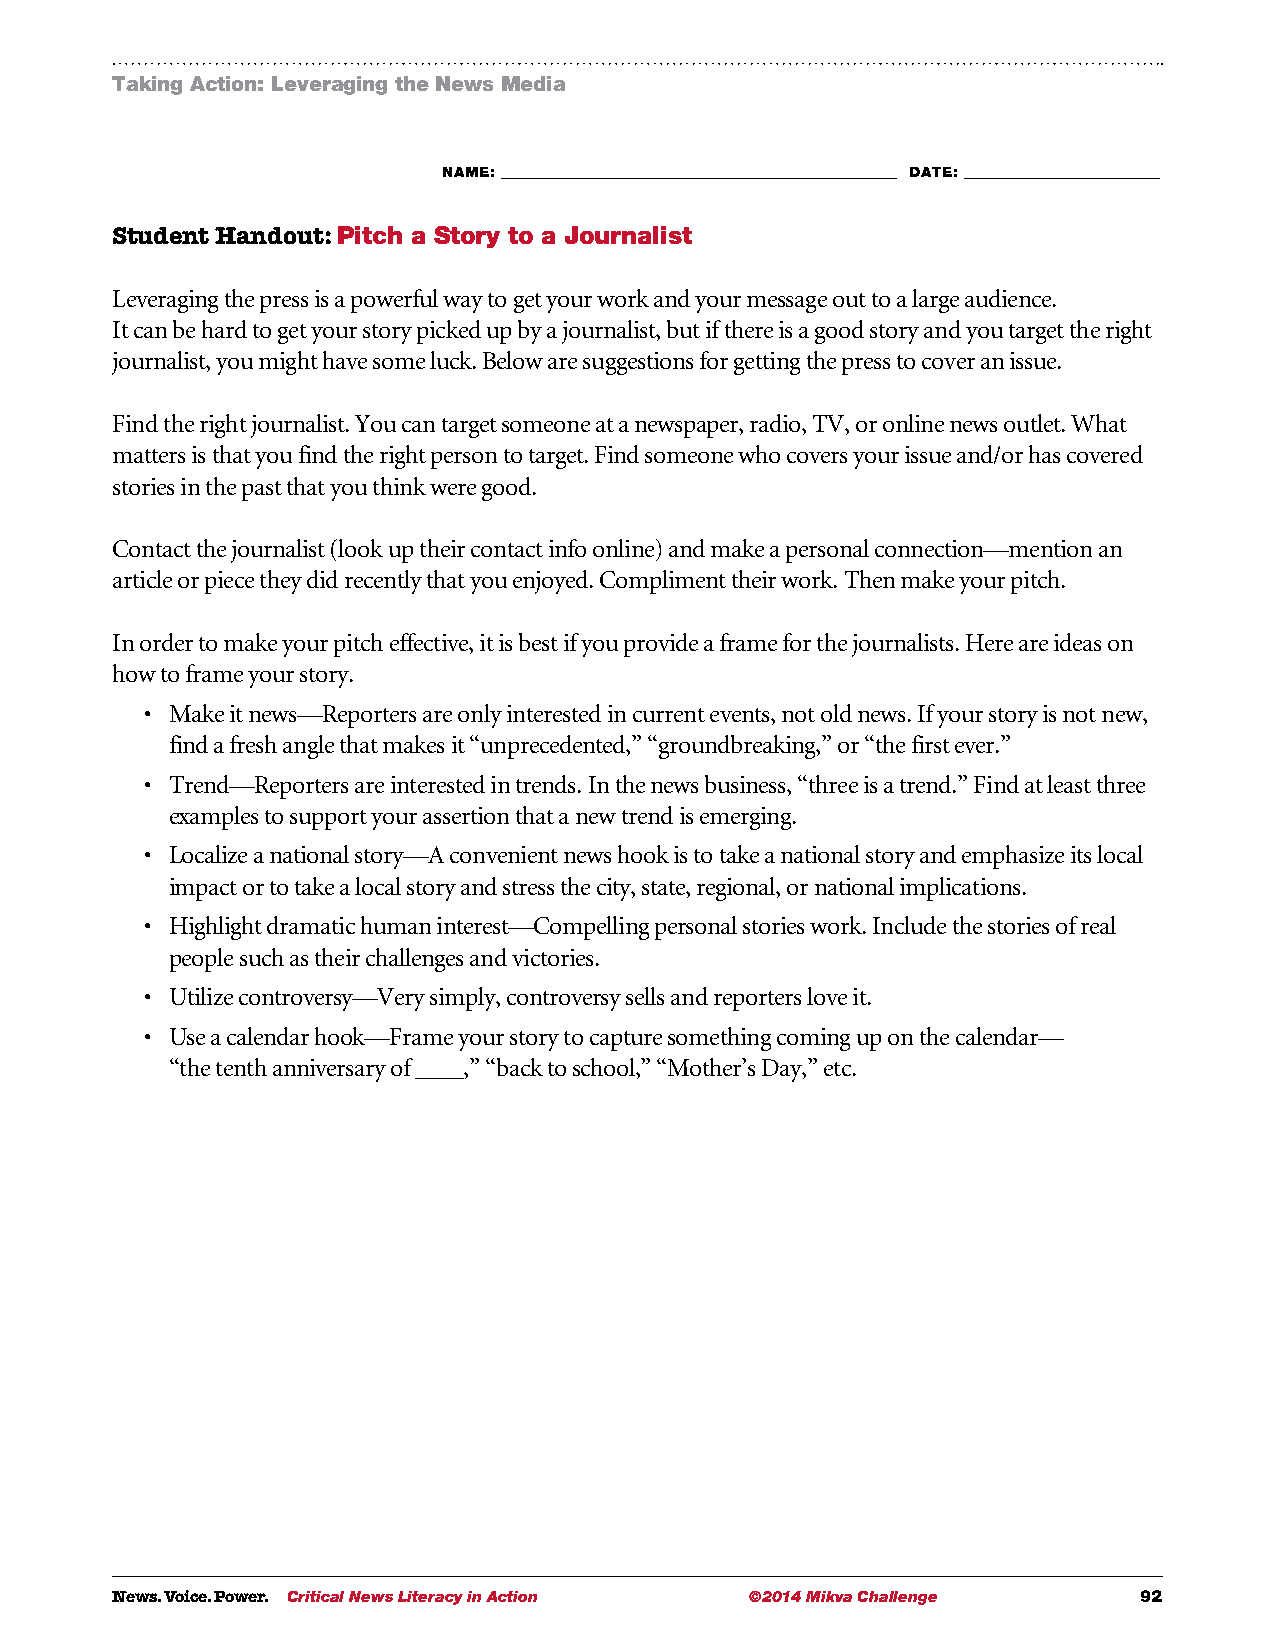
Taking Action: Leveraging the News Media
 NAME: ___________________________________________________________ DATE: _____________________________
 Student Handout: Pitch a Story to a Journalist
 Leveraging the press is a powerful way to get your work and your message out to a large audience.
 It can be hard to get your story picked up by a journalist, but if there is a good story and you target the right
 journalist, you might have some luck. Below are suggestions for getting the press to cover an issue.
 Find the right journalist. You can target someone at a newspaper, radio, TV, or online news outlet. What
 matters is that you find the right person to target. Find someone who covers your issue and/or has covered
 stories in the past that you think were good.
 Contact the journalist (look up their contact info online) and make a personal connection—mention an
 article or piece they did recently that you enjoyed. Compliment their work. Then make your pitch.
 In order to make your pitch effective, it is best if you provide a frame for the journalists. Here are ideas on
 how to frame your story.
 • M ake it news—Reporters are only interested in current events, not old news. If your story is not new,
 find a fresh angle that makes it “unprecedented,” “groundbreaking,” or “the first ever.”
 • T rend—Reporters are interested in trends. In the news business, “three is a trend.” Find at least three
 examples to support your assertion that a new trend is emerging.
 • L ocalize a national story—A convenient news hook is to take a national story and emphasize its local
 impact or to take a local story and stress the city, state, regional, or national implications.
 • H ighlight dramatic human interest—Compelling personal stories work. Include the stories of real
 people such as their challenges and victories.
 • U tilize controversy—Very simply, controversy sells and reporters love it.
 • U se a calendar hook—Frame your story to capture something coming up on the calendar—
 “the tenth anniversary of ____,” “back to school,” “Mother’s Day,” etc.
 News. Voice. Power. Critical News Literacy in Action ©2014 Mikva Challenge 92